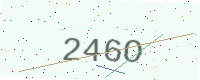
Text: 246O